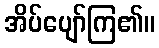
အိပ်ပျော်ကြ၏။